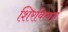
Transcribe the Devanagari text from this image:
शिरकिवन